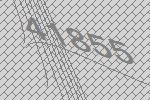
41855